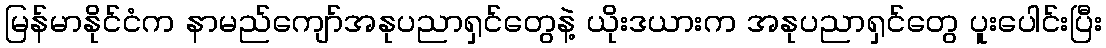
မြန်မာနိုင်ငံက နာမည်ကျော်အနုပညာရှင်တွေနဲ့ ယိုးဒယားက အနုပညာရှင်တွေ ပူးပေါင်းပြီး